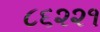
૮૬૨૨૧